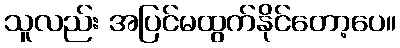
သူလည်း အပြင်မထွက်နိုင်တော့ပေ။